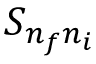
S _ { n _ { f } n _ { i } }